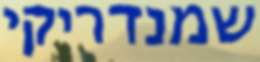
שמנדריקי